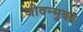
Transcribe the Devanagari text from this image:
जीवन्‍मुक्‍त